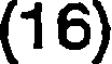
(16)